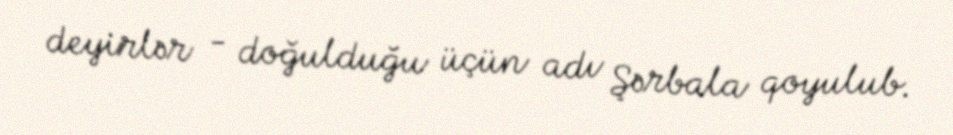
deyirlər - doğulduğu üçün adı Şərbala qoyulub.